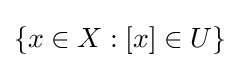
{\textstyle \{x\in X:[x]\in U\}}